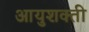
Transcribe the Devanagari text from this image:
आयुशक्ती